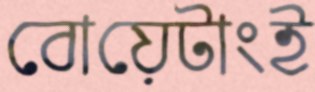
বোয়েটাংই